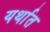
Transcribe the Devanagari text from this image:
यर्थात